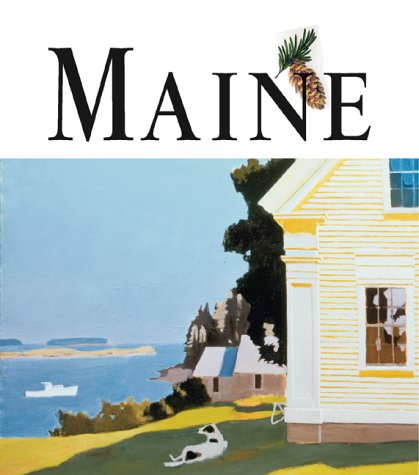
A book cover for Art of the State: Maine; Edgar Allen Beem; Travel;